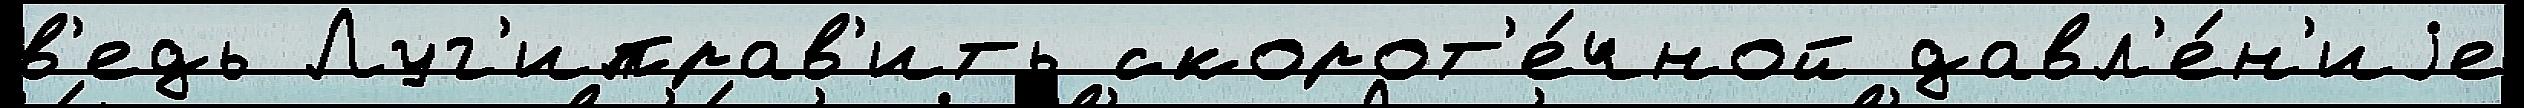
в'едь Луг'иправ'ить скорот'е́чной давл'е́н'иjе